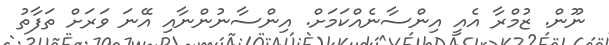
ނޫން. ޒުމްރާ އެއީ އިންސާނެއްކަމަށް. އިންސާނުންނާއި އޭނަ ވަރަށް ތަފާތު